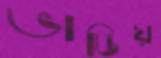
ভাঙিয়